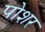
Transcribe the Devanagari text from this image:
पोशर